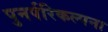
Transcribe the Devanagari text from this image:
पुनर्परिकल्पना